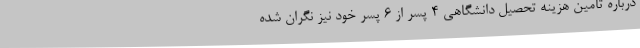
درباره تامین هزینه تحصیل دانشگاهی 4 پسر از 6 پسر خود نیز نگران شده